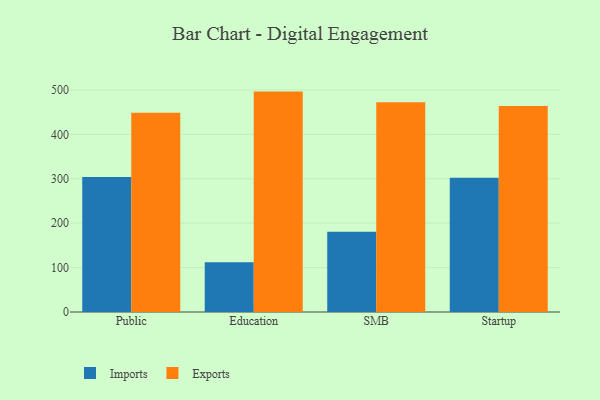
{"axis": {"x": "Segment", "y": "Page Views"}, "legend": ["Exports", "Imports"], "data": [{"x": "Public", "y": 303.9, "type": "Imports"}, {"x": "Public", "y": 448.8, "type": "Exports"}, {"x": "Education", "y": 112.1, "type": "Imports"}, {"x": "Education", "y": 496.3, "type": "Exports"}, {"x": "SMB", "y": 180.6, "type": "Imports"}, {"x": "SMB", "y": 472.2, "type": "Exports"}, {"x": "Startup", "y": 302.5, "type": "Imports"}, {"x": "Startup", "y": 463.8, "type": "Exports"}]}